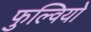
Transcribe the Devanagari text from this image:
फुल्वियो